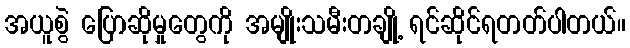
အယူစွဲ ပြောဆိုမှုတွေကို အမျိုးသမီးတချို့ ရင်ဆိုင်ရတတ်ပါတယ်။